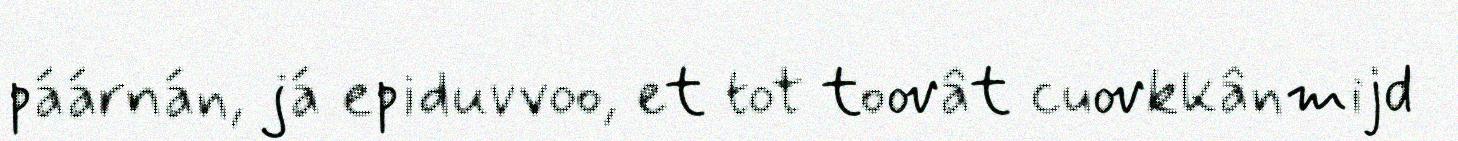
páárnán, já epiduvvoo, et tot toovât cuovkkânmijd